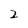
Character: 2